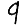
Digit: 9